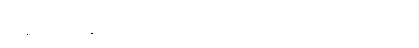
ထွန်တုံးဖျားနှင့်တူသောကြောင့် နင်္ဂလဝင်္ကတာပုဂ္ဂိုလ်မည်၏။